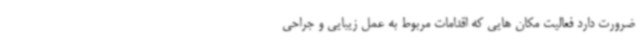
ضرورت دارد فعالیت مکان هایی که اقدامات مربوط به عمل زیبایی و جراحی